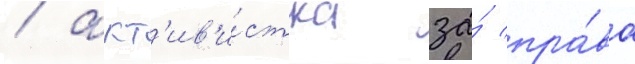
/ акт'ив'и́стка за́ пра́ва